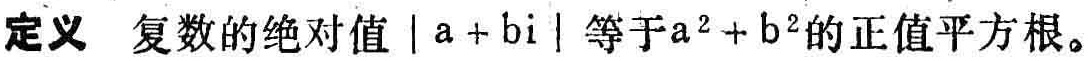
定义 复数的绝对值\(\vert a + bi\vert\)等于\(a^{2}+b^{2}\)的正值平方根。